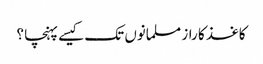
کاغذ کا راز مسلمانوں تک کیسے پہنچا ؟